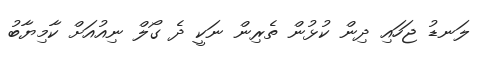
ލަނޑު ޖަހައި ދިން ކުޅުން ތެރިން ނަކީ ދެ ގޯލް ނިއުއަށް ކާމިޔާބު